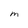
Character: M